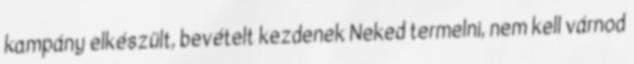
kampány elkészült, bevételt kezdenek Neked termelni, nem kell várnod